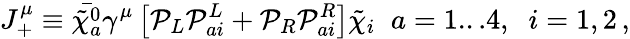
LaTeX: J_{+}^{\mu}\equiv\bar{{\tilde{\chi}}_{a}^{0}}\gamma^{\mu}\left[{\cal P}_{L}{\cal P}_{ai}^{L}+{\cal P}_{R}{\cal P}_{ai}^{R}\right]\tilde{\chi}_{i}\; \; a=1...4,\; \; i=1,2\, ,